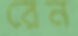
রেন